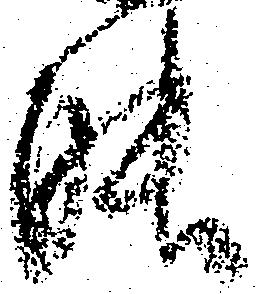
能